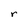
Character: r